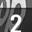
Digit: 2